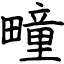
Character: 疃